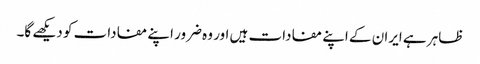
ظاہر ہے ایران کے اپنے مفادات ہیں اور وہ ضرور اپنے مفادات کو دیکھے گا۔